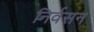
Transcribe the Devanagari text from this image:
निर्वसन